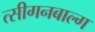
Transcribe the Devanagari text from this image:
त्सीगनबाल्ग